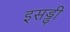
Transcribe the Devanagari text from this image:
इसड्ढी